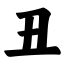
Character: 丑